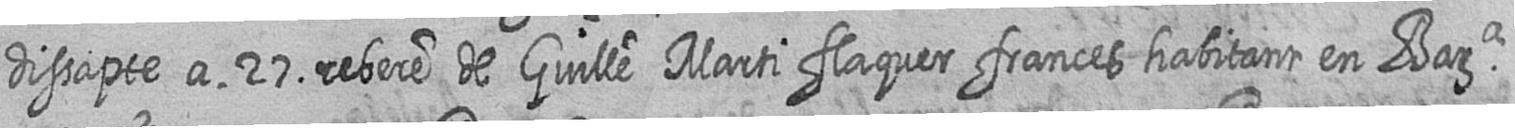
dissapte a 27 rebere de Guille Marti flaquer frances habitant en Bara